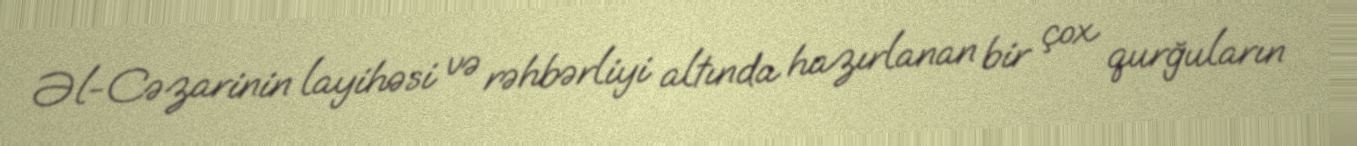
Əl-Cəzarinin layihəsi və rəhbərliyi altında hazırlanan bir çox qurğuların